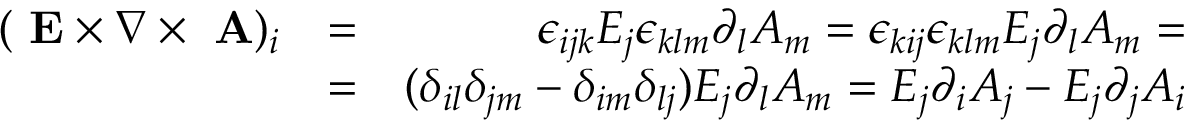
\begin{array} { r l r } { ( \mathrm { \bf ~ E } \times \nabla \times \mathrm { \bf ~ A } ) _ { i } } & { = } & { \epsilon _ { i j k } E _ { j } \epsilon _ { k l m } \partial _ { l } A _ { m } = \epsilon _ { k i j } \epsilon _ { k l m } E _ { j } \partial _ { l } A _ { m } = } \\ & { = } & { ( \delta _ { i l } \delta _ { j m } - \delta _ { i m } \delta _ { l j } ) E _ { j } \partial _ { l } A _ { m } = E _ { j } \partial _ { i } A _ { j } - E _ { j } \partial _ { j } A _ { i } } \end{array}